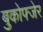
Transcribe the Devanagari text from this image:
बुकोफ्जेर